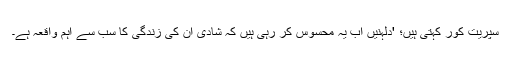
سپريت کور کہتی ہیں؛ 'دلہنیں اب یہ محسوس کر رہی ہیں کہ شادی ان کی زندگی کا سب سے اہم واقعہ ہے۔